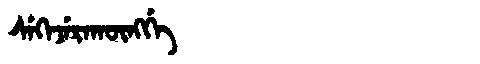
Manchu: ᠰᡝᡴᡝᠵᡝᡵᠠᡴᡡᠩᡤᡝ
Romanization: SEKEJERAKŪNGGE